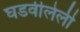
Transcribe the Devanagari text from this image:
घडवीलेली